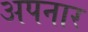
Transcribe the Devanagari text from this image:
अपनार